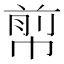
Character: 𢃬